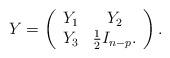
LaTeX: \begin{align*}Y=\left(\begin{array}{cc} Y_1 & Y_2\\Y_3 & \textstyle\frac{1}{2} I_{n-p}.\end{array}\right).\end{align*}